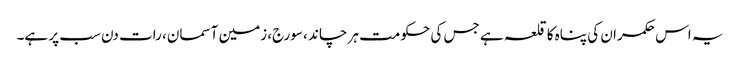
یہ اس حکمران کی پناہ کا قلعہ ہے جس کی حکومت ہر چاند ، سورج، زمین آسمان، رات دن سب پر ہے۔